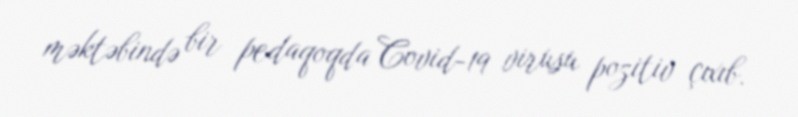
məktəbində bir pedaqoqda Covid-19 virusu pozitiv çıxıb.